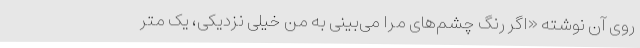
روی آن نوشته «اگر رنگ چشم‌های مرا می‌بینی به من خیلی نزدیکی، یک متر